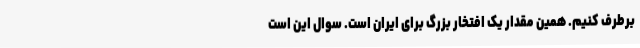
برطرف کنیم. همین مقدار یک افتخار بزرگ برای ایران است. سوال این است